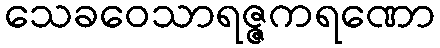
သေခဝေသာရဇ္ဇကရဏော